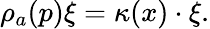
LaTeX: \rho_{a}(p)\xi=\kappa(x)\cdot\xi.